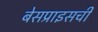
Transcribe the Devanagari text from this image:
बेसप्राइसची